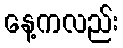
နေ့ကလည်း